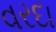
વરદા